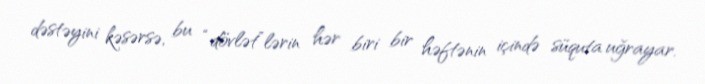
dəstəyini kəsərsə, bu “dövlət”lərin hər biri bir həftənin içində süquta uğrayar.